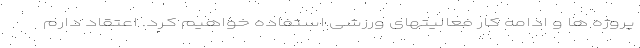
پروژه ها و ادامه کار فعالیتهای ورزشی استفاده خواهیم کرد. ‌اعتقاد دارم